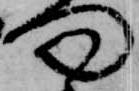
向